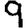
Digit: 9